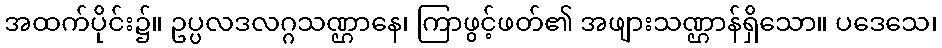
အထက်ပိုင်း၌။ ဥပ္ပလဒလဂ္ဂသဏ္ဌာနေ၊ ကြာဖွင့်ဖတ်၏ အဖျားသဏ္ဌာန်ရှိသော။ ပဒေသေ၊